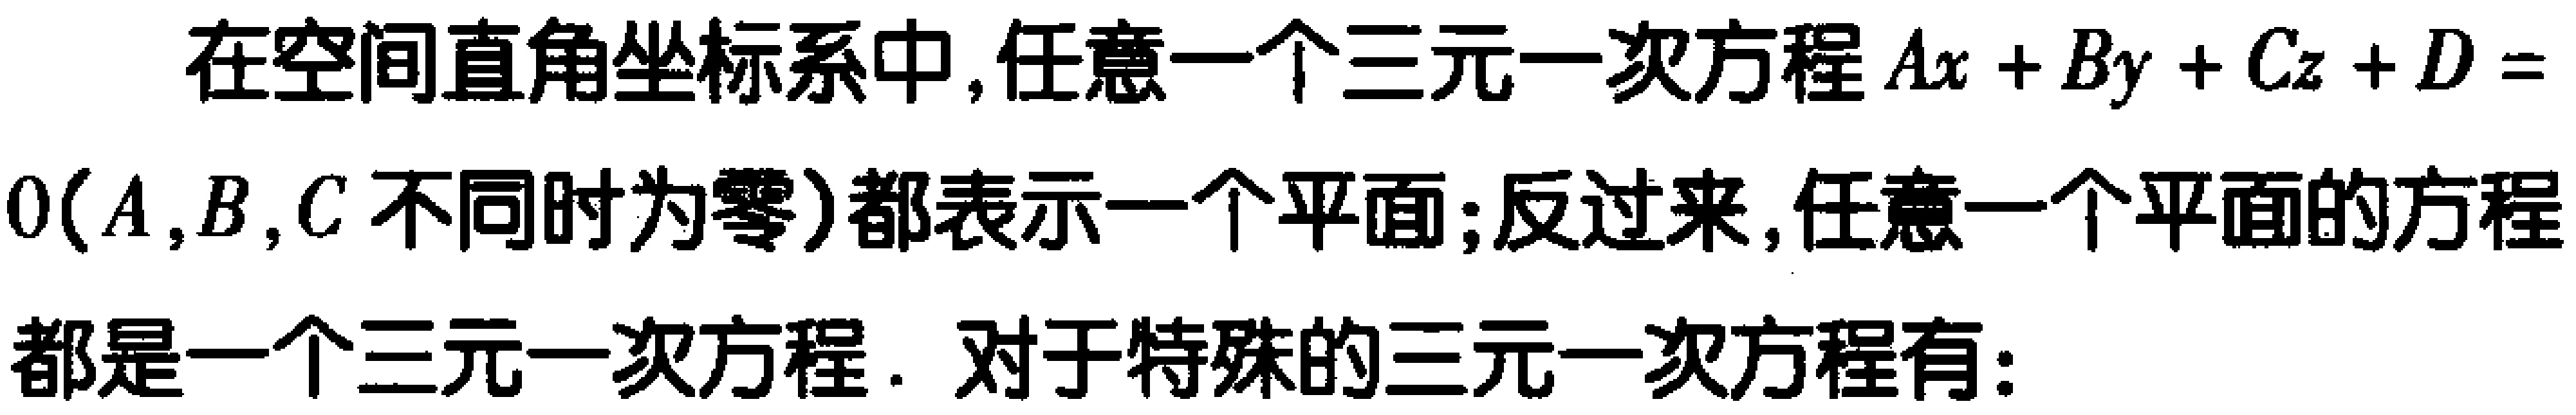
在空间直角坐标系中,任意一个三元一次方程\(Ax + By + Cz + D = 0(A,B,C\)不同时为零\()\)都表示一个平面;反过来,任意一个平面的方程都是一个三元一次方程. 对于特殊的三元一次方程有: